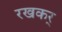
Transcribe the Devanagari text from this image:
रखकर्